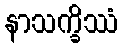
နာသက္ခိဿံ